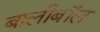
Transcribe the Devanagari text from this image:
बालीबॉल